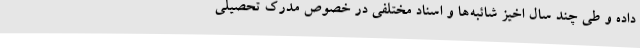
داده و طی چند سال اخیز شائبه‌ها و اسناد مختلفی در خصوص مدرک تحصیلی